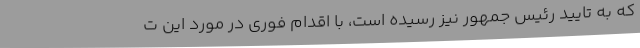
که به تایید رئیس جمهور نیز رسیده است، با اقدام فوری در مورد این ت